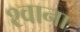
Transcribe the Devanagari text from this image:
श्वाना